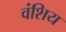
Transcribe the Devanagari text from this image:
वंशिय